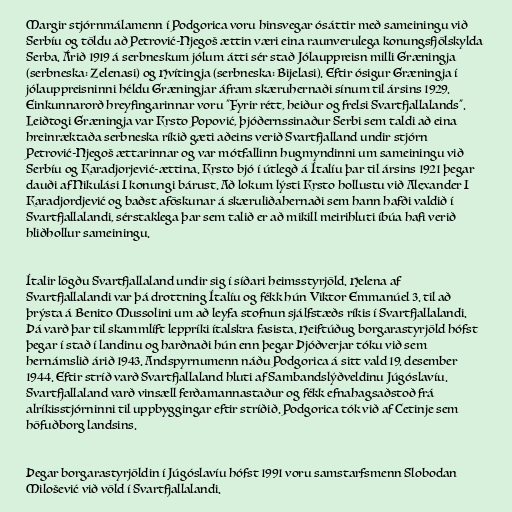
Margir stjórnmálamenn í Podgorica voru hinsvegar ósáttir með sameiningu við
Serbíu og töldu að Petrović-Njegoš ættin væri eina raunverulega konungsfjölskylda
Serba. Árið 1919 á serbneskum jólum átti sér stað Jólauppreisn milli Græningja
(serbneska: Zelenasi) og Hvítingja (serbneska: Bijelasi). Eftir ósigur Græningja í
jólauppreisninni héldu Græningjar áfram skæruhernaði sínum til ársins 1929.
Einkunnarorð hreyfingarinnar voru "Fyrir rétt, heiður og frelsi Svartfjallalands".
Leiðtogi Græningja var Krsto Popović, þjóðernssinaður Serbi sem taldi að eina
hreinræktaða serbneska ríkið gæti aðeins verið Svartfjalland undir stjórn
Petrović-Njegoš ættarinnar og var mótfallinn hugmyndinni um sameiningu við
Serbíu og Karadjorjević-ættina. Krsto bjó í útlegð á Ítalíu þar til ársins 1921 þegar
dauði af Nikulási I konungi bárust. Að lokum lýsti Krsto hollustu við Alexander I
Karadjordjević og baðst aföskunar á skæruliðahernaði sem hann hafði valdið í
Svartfjallalandi, sérstaklega þar sem talið er að mikill meirihluti íbúa hafi verið
hliðhollur sameiningu.

Ítalir lögðu Svartfjallaland undir sig í síðari heimsstyrjöld. Helena af
Svartfjallalandi var þá drottning Ítalíu og fékk hún Viktor Emmanúel 3. til að
þrýsta á Benito Mussolini um að leyfa stofnun sjálfstæðs ríkis í Svartfjallalandi.
Þá varð þar til skammlíft leppríki ítalskra fasista. Heiftúðug borgarastyrjöld hófst
þegar í stað í landinu og harðnaði hún enn þegar Þjóðverjar tóku við sem
hernámslið árið 1943. Andspyrnumenn náðu Podgorica á sitt vald 19. desember
1944. Eftir stríð varð Svartfjallaland hluti af Sambandslýðveldinu Júgóslavíu.
Svartfjallaland varð vinsæll ferðamannastaður og fékk efnahagsaðstoð frá
alríkisstjórninni til uppbyggingar eftir stríðið. Podgorica tók við af Cetinje sem
höfuðborg landsins.

Þegar borgarastyrjöldin í Júgóslavíu hófst 1991 voru samstarfsmenn Slobodan
Milošević við völd í Svartfjallalandi.